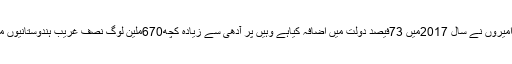
ہندوستان میں ایک فیصد امیروں نے سال 2017میں 73فیصد دولت میں اضافہ کیاہے وہیں پر آدھی سے زیادہ کچھ670ملین لوگ نصف غریب ہندوستانیوں میں شمار کئے جاتے ہیں۔